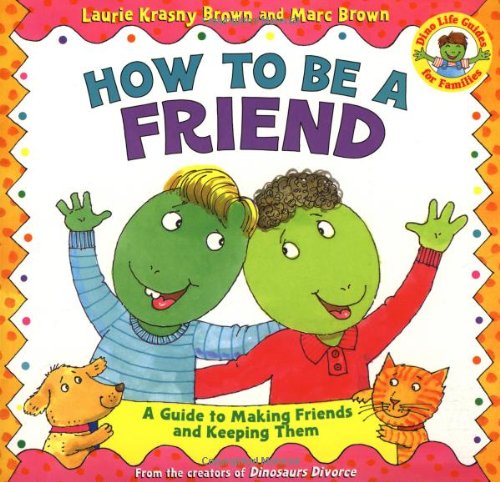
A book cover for How to Be a Friend: A Guide to Making Friends and Keeping Them (Dino Life Guides for Families); Laurie Krasny Brown; Children's Books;